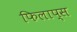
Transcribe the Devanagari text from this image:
फिलाप्स